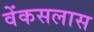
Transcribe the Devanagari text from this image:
वेंकसलास